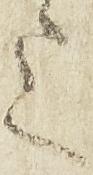
上